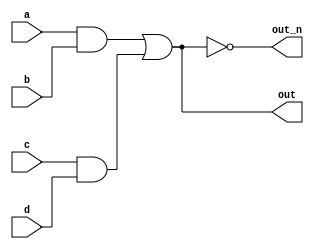
`default_nettype none
module top_module(
    input a,
    input b,
    input c,
    input d,
    output out,
    output out_n   ); 

wire ab_and, cd_and, or_out;

assign ab_and = a&b;
assign cd_and = c&d;
assign or_out = ab_and|cd_and;

assign out = or_out;
assign out_n = ~or_out;
endmodule